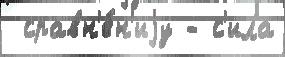
 сравн'е́н'иjу - с'ила